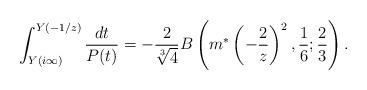
LaTeX: \begin{align*}\int^{Y(-1/z)}_{Y(i\infty)}\frac{dt}{P(t)}=-\frac{2}{\sqrt[3]{4}}B\left(m^{*}\left(-\frac{2}{z}\right)^2,\frac{1}{6};\frac{2}{3}\right).\end{align*}